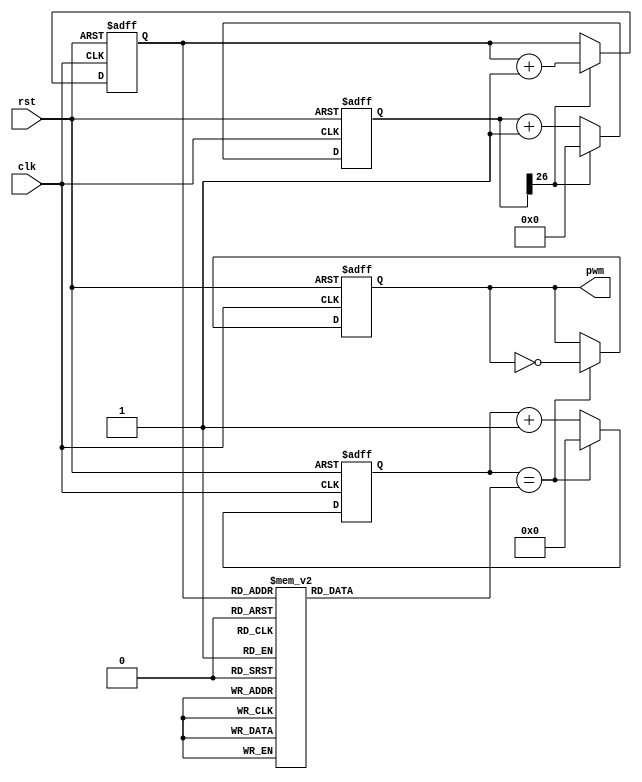
`timescale 1ns/1ns

module Audio_Player (
    input wire          clk,
    input wire          rst,
    output reg          pwm
);

parameter D5 = 18'd255102;
parameter D6 = 18'd227273;
parameter D7 = 18'd202429;

parameter C1 = 18'd191204;
parameter C2 = 18'd170358;
parameter C3 = 18'd151745;

parameter N0 = 18'd1;


reg [26:0] cnt_time;
reg [3:0]  cnt_note;
reg [17:0] cnt;
reg [17:0] cnt_N;

always @(posedge clk, posedge rst) begin
    if (rst) cnt_time <= 'd0;
    else cnt_time <= cnt_time[26] ? 'd0 : cnt_time+'d1;
end

always @(posedge clk, posedge rst) begin
    if (rst) cnt_note <= 'd0;
    else if (cnt_note=='d31) cnt_note <= 'd0;
    else cnt_note <= cnt_time[26] ? cnt_note+'d1 : cnt_note;
end

always @(*) begin
    case (cnt_note)
        'h0: cnt_N <= C1; 
        'h1: cnt_N <= C1;
        'h2: cnt_N <= D5;
        'h3: cnt_N <= D5;
        'h4: cnt_N <= D6; 
        'h5: cnt_N <= D6;
        'h6: cnt_N <= D5;
        'h7: cnt_N <= D6;
        'h8: cnt_N <= C1; 
        'h9: cnt_N <= C1;
        'ha: cnt_N <= D6;
        'hb: cnt_N <= C1;
        'hc: cnt_N <= C2;
        'hd: cnt_N <= C2; 
        'hf: cnt_N <= N0;
        'h10: cnt_N <= C3;
        'h11: cnt_N <= C3;
        'h12: cnt_N <= C2;
        'h13: cnt_N <= C2; 
        'h14: cnt_N <= C1;
        'h15: cnt_N <= C3;
        'h16: cnt_N <= C2;
        'h17: cnt_N <= C1; 
        'h18: cnt_N <= D6;
        'h19: cnt_N <= C2;
        'h1a: cnt_N <= D7;
        'h1b: cnt_N <= D6;
        'h1c: cnt_N <= D5; 
        'h1d: cnt_N <= D5;
        'h1f: cnt_N <= N0;
        default: cnt_N <= N0;
    endcase
end

always @(posedge clk, posedge rst) begin
    if (rst) cnt <= 18'b0;
    else if (cnt == cnt_N) cnt <= 18'b0;
    else cnt <= cnt+1;
end

always @(posedge clk, posedge rst) begin
    if (rst) pwm <= 1'b0;
    else if (cnt == cnt_N) pwm <= ~pwm;
end

endmodule